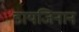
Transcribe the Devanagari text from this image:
डायजिनान